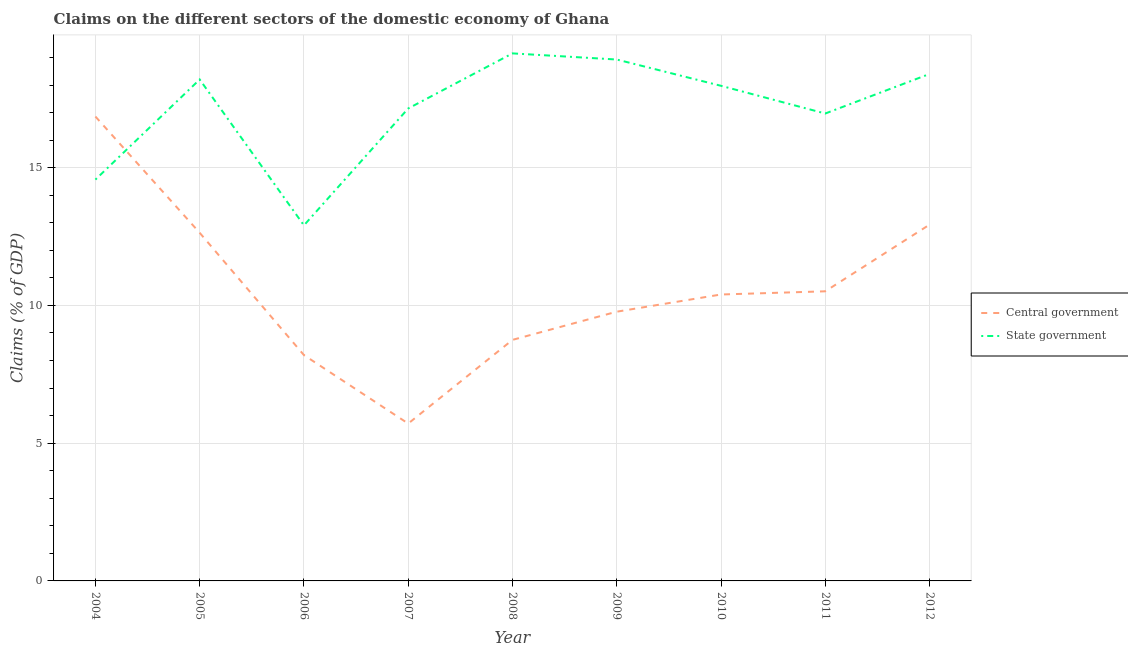
| Year | Central government | State government |
 | --- | --- | --- |
 | 2004 | 16.9 | 14.6 |
 | 2005 | 12.6 | 18.2 |
 | 2006 | 8.2 | 12.9 |
 | 2007 | 5.71 | 17.2 |
 | 2008 | 8.75 | 19.1 |
 | 2009 | 9.77 | 18.9 |
 | 2010 | 10.4 | 18 |
 | 2011 | 10.5 | 17 |
 | 2012 | 12.9 | 18.4 |